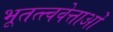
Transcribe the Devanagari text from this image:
भूतत्त्ववेत्ताओं